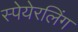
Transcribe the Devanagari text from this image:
स्पेयेरलिंग